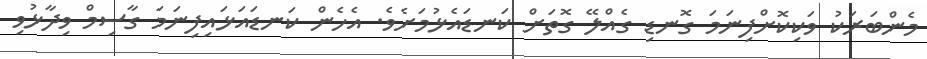
މެންބަރަކު ވަކިކޮށްފިނަމަ ގޮނޑި ގެއްލޭ ގޮތަށް ކަނޑައެޅުމަށެވެ. އެހެން ކަނޑައަޅައިފިނަމަ ގާސިމް ވިދާޅުވި